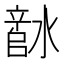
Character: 𬉅